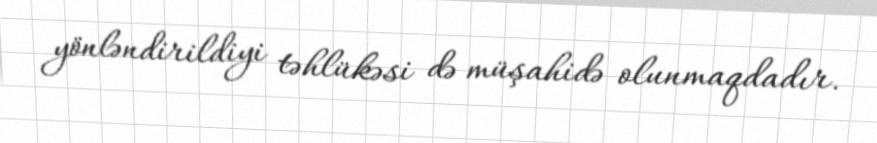
yönləndirildiyi təhlükəsi də müşahidə olunmaqdadır.